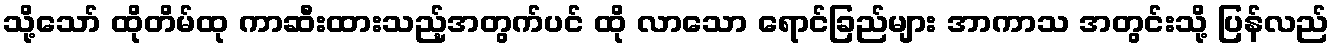
သို့သော် ထိုတိမ်ထု ကာဆီးထားသည့်အတွက်ပင် ထို လာသော ရောင်ခြည်များ အာကာသ အတွင်းသို့ ပြန်လည်